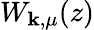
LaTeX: W_{\mathbf{k},\mu}(z)